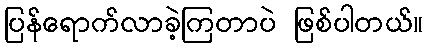
ပြန်ရောက်လာခဲ့ကြတာပဲ ဖြစ်ပါတယ်။